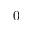
0